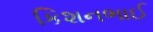
કિશનભાઈ